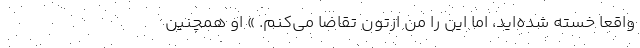
واقعاً خسته شده‌اید، اما این را من ازتون تقاضا می‌کنم. » او همچنین